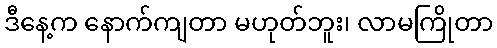
ဒီနေ့က နောက်ကျတာ မဟုတ်ဘူး၊ လာမကြိုတာ